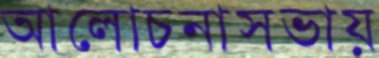
আলোচনাসভায়